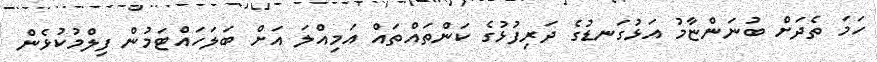
ހަމަ ތެދަށް ބުނަންޏާމު އަޅުގަނޑުގެ ދަރިފުޅުގެ ކަންތައްތައް އަމިއްލަ އަށް ބަލަހައްޓަމުން ފިލްމުކުޅެން